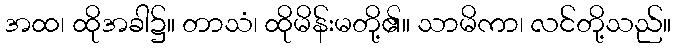
အထ၊ ထိုအခါ၌။ တာသံ၊ ထိုမိန်းမတို့၏။ သာမိကာ၊ လင်တို့သည်။